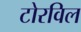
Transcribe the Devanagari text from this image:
टोरविल